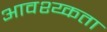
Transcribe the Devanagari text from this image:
आवश्य्कता